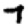
Digit: 7